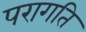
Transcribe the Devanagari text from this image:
परागति